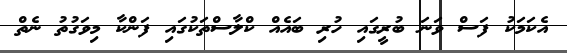
އެކަމަކު ފަސް ވަނަ ބުރީގައި ހުރި ބައެއް ކްލާސްތަކުގައި ފަންކާ މިވަގުތު ނެތް